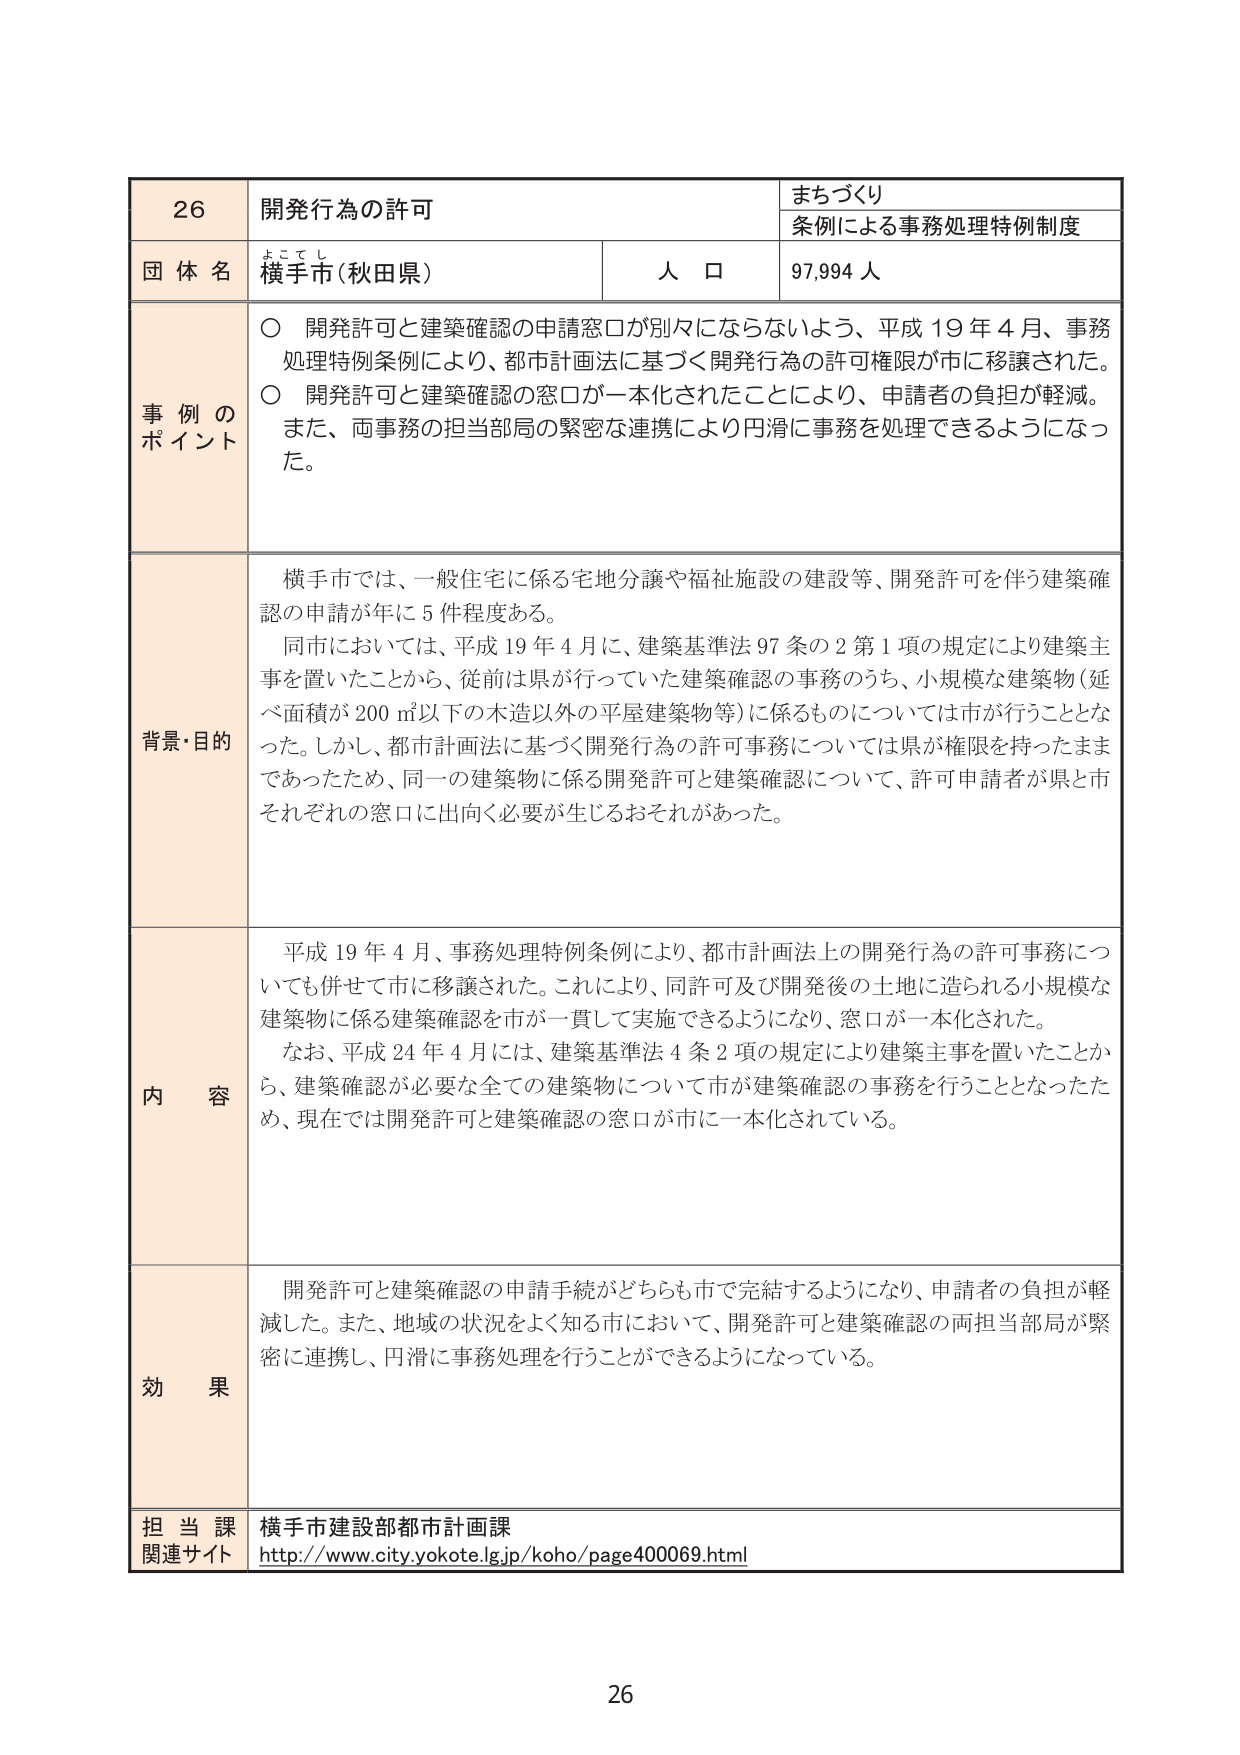
26 開発行為の許可 まちづくり 条例による事務処理特例制度 団体名 横手市（秋田県） 人口 97,994人 事例のポイント ○ 開発許可と建築確認の申請窓口が別々にならないよう、平成19年4月、事務処理特例条例により、都市計画法に基づく開発行為の許可権限が市に移譲された。 ○ 開発許可と建築確認の窓口が一本化されたことにより、申請者の負担が軽減。また、両事務の担当部局の緊密な連携により円滑に事務を処理できるようになった。 背景・目的 横手市では、一般住宅に係る宅地分譲や福祉施設の建設等、開発許可を伴う建築確認の申請が年に5件程度ある。 同市においては、平成19年4月に、建築基準法97条の2第1項の規定により建築主事を置いたことから、従前は県が行っていた建築確認の事務のうち、小規模な建築物（延べ面積が200㎡以下の木造以外の平屋建築物等）に係るものについては市が行うこととなった。しかし、都市計画法に基づく開発行為の許可事務については県が権限を持ったままであったため、同一の建築物に係る開発許可と建築確認について、許可申請者が県と市それぞれの窓口に出向く必要が生じるおそれがあった。 内容 平成19年4月、事務処理特例条例により、都市計画法上の開発行為の許可事務についても併せて市に移譲された。これにより、同許可及び開発後の土地に造られる小規模な建築物に係る建築確認を市が一貫して実施できるようになり、窓口が一本化された。 なお、平成24年4月には、建築基準法4条2項の規定により建築主事を置いたことから、建築確認が必要な全ての建築物について市が建築確認の事務を行うこととなったため、現在では開発許可と建築確認の窓口が市に一本化されている。 効果 開発許可と建築確認の申請手続がどちらも市で完結するようになり、申請者の負担が軽減した。また、地域の状況をよく知る市において、開発許可と建築確認の両担当部局が緊密に連携し、円滑に事務処理を行うことができるようになっている。 担当課 横手市建設部都市計画課 関連サイト http://www.city.yokote.lg.jp/koho/page400069.html 26